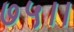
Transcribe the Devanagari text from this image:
७५।।